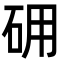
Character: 砽